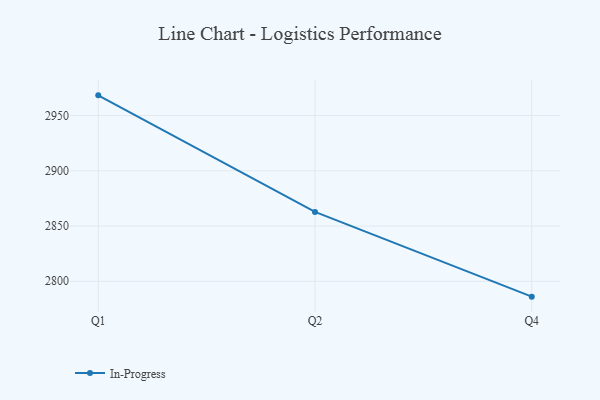
{"axis": {"x": "Quarter", "y": "Gross Profit (USD K)"}, "legend": ["In-Progress"], "data": [{"x": "Q1", "y": 2968.3, "type": "In-Progress"}, {"x": "Q2", "y": 2862.8, "type": "In-Progress"}, {"x": "Q4", "y": 2786.1, "type": "In-Progress"}]}